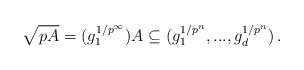
LaTeX: \begin{align*}\sqrt{pA} = (g_{1}^{1/p^\infty})A \subseteq (g_{1}^{1/p^n},...,g_{d}^{1/p^n})\,.\end{align*}